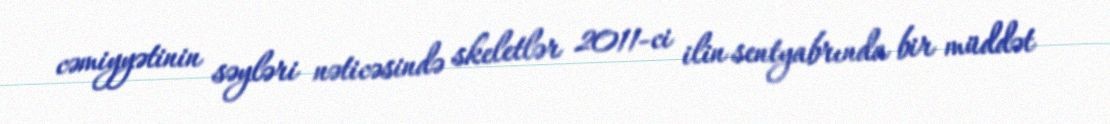
cəmiyyətinin səyləri nəticəsində skeletlər 2011-ci ilin sentyabrında bir müddət